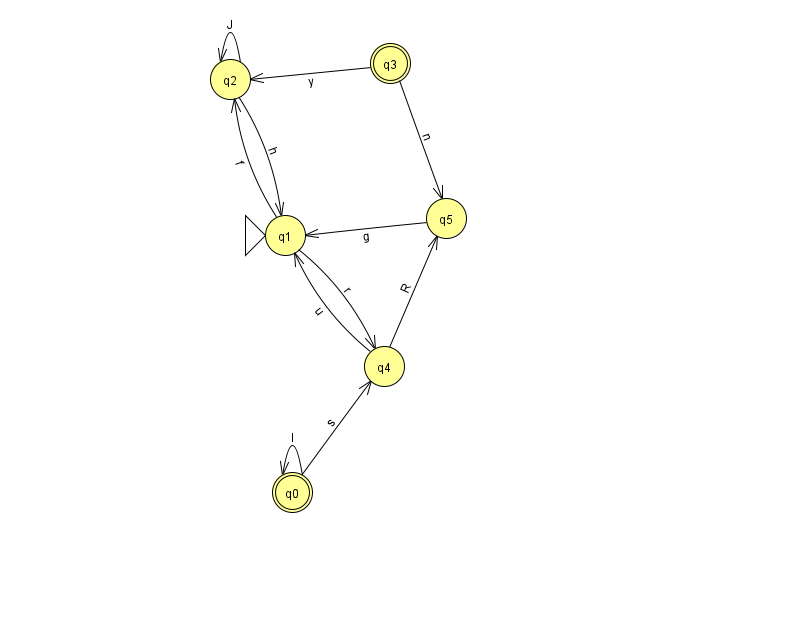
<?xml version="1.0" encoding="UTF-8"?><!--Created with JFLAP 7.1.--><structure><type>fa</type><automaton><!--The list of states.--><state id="0" name="q0"><x>292.0</x><y>479.0</y><final/></state><state id="1" name="q1"><x>285.0</x><y>222.0</y><initial/></state><state id="2" name="q2"><x>230.0</x><y>66.0</y></state><state id="3" name="q3"><x>390.0</x><y>50.0</y><final/></state><state id="4" name="q4"><x>384.0</x><y>353.0</y></state><state id="5" name="q5"><x>446.0</x><y>205.0</y></state><!--The list of transitions.--><transition><from>1</from><to>2</to><read>f</read></transition><transition><from>4</from><to>5</to><read>R</read></transition><transition><from>3</from><to>5</to><read>n</read></transition><transition><from>0</from><to>4</to><read>s</read></transition><transition><from>0</from><to>0</to><read>I</read></transition><transition><from>1</from><to>4</to><read>r</read></transition><transition><from>2</from><to>2</to><read>J</read></transition><transition><from>3</from><to>2</to><read>y</read></transition><transition><from>4</from><to>1</to><read>u</read></transition><transition><from>2</from><to>1</to><read>h</read></transition><transition><from>5</from><to>1</to><read>g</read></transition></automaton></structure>